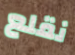
نقلع